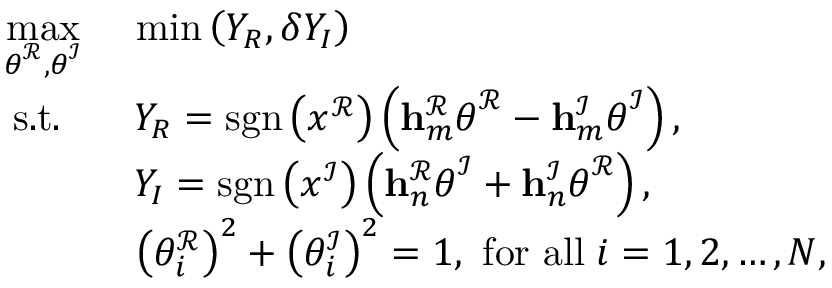
\begin{array} { r l } { \underset { \boldsymbol { \theta } ^ { \mathcal { R } } , \boldsymbol { \theta } ^ { \mathcal { I } } } { \operatorname* { m a x } } } & { \ \operatorname* { m i n } \left( Y _ { R } , \delta Y _ { I } \right) } \\ { \mathrm { s . t . } \; \; } & { \; Y _ { R } = \mathrm { s g n } \left( x ^ { \mathcal { R } } \right) \left( \mathbf { h } _ { m } ^ { \mathcal { R } } \boldsymbol { \theta } ^ { \mathcal { R } } - \mathbf { h } _ { m } ^ { \mathcal { I } } \boldsymbol { \theta } ^ { \mathcal { I } } \right) , } \\ & { \; Y _ { I } = \mathrm { s g n } \left( x ^ { \mathcal { I } } \right) \left( \mathbf { h } _ { n } ^ { \mathcal { R } } \boldsymbol { \theta } ^ { \mathcal { I } } + \mathbf { h } _ { n } ^ { \mathcal { I } } \boldsymbol { \theta } ^ { \mathcal { R } } \right) , } \\ & { \ \left( \theta _ { i } ^ { \mathcal { R } } \right) ^ { 2 } + \left( \theta _ { i } ^ { \mathcal { I } } \right) ^ { 2 } = 1 , \ \mathrm { f o r ~ a l l } \; i = 1 , 2 , \dots , N , } \end{array}